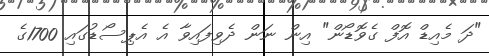
"ދަ މެއިޑް އޮފް ގެވޮޑޯން" އިން ނަން ދެވިފައިވާ އެ އެޕިސޯޑުގައި 1700ގެ